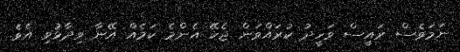
ނަމަވެސް ރައީސް ވަހީދު ކުރައްވަން ޖެހޭ އެންމެ ކަމެއް އޭނާ ވިދާޅުވި އެވެ.